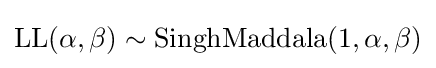
\operatorname {LL} (\alpha ,\beta )\sim {\textrm {SinghMaddala}}(1,\alpha ,\beta )